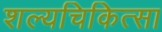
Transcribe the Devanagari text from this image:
शल्‍यचिकित्‍सा